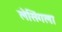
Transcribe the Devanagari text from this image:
लेसिंगला